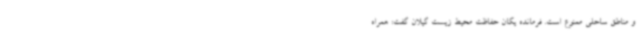
و مناطق ساحلی ممنوع است. فرمانده یگان حفاظت محیط زیست گیلان گفت: همراه